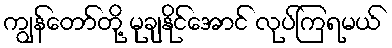
ကျွန်တော်တို့ မုချနိုင်အောင် လုပ်ကြရမယ်